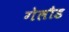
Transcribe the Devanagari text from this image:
गेलौड